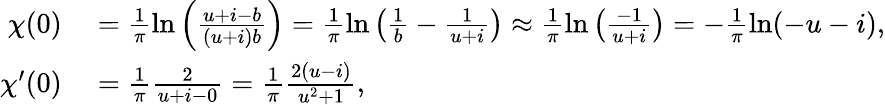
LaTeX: \begin{array}{rl}{\chi(0)}&{{}=\frac{1}{\pi}\ln\left(\frac{u+i-b}{(u+i)b}\right)=\frac{1}{\pi}\ln\left(\frac{1}{b}-\frac{1}{u+i}\right)\approx\frac{1}{\pi}\ln\left(\frac{-1}{u+i}\right)=-\frac{1}{\pi}\ln(-u-i),}\\ {\chi^{\prime}(0)}&{{}=\frac{1}{\pi}\frac{2}{u+i-0}=\frac{1}{\pi}\frac{2(u-i)}{u^{2}+1},}\end{array}